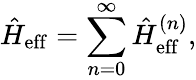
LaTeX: \hat{H}_{\mathrm{eff}}=\sum_{n=0}^{\infty}\hat{H}_{\mathrm{eff}}^{(n)},